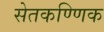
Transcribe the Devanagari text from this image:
सेतकण्णिक